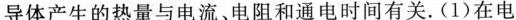
导体产生的热量与电流。电阻和通电时间有关。(1)在电